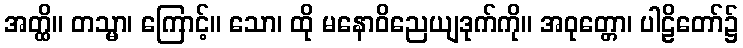
အတ္ထိ။ တသ္မာ၊ ကြောင့်။ သော၊ ထို မနောဝိညေယျဒုက်ကို။ အဝုတ္တော၊ ပါဠိတော်၌